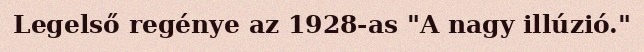
Legelső regénye az 1928-as "A nagy illúzió."